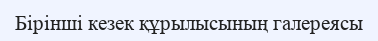
Бірінші кезек құрылысының галереясы